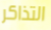
التذاكر